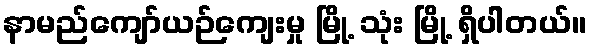
နာမည်ကျော်ယဉ်ကျေးမှု မြို့ သုံး မြို့ ရှိပါတယ်။